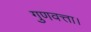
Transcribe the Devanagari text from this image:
गुणवत्ता।